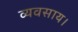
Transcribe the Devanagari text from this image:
व्यवसाय।